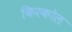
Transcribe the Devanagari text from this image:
किरकोल